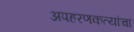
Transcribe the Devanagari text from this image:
अपहरणकत्यांचा